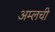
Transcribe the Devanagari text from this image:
अम्लची